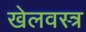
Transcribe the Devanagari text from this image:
खेलवस्त्र